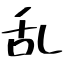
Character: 乱